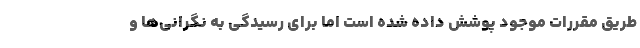
طریق مقررات موجود پوشش داده شده است اما برای رسیدگی به نگرانی‌ها و